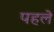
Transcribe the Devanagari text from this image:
पहले